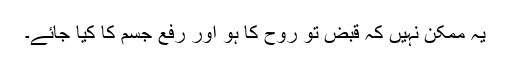
یہ ممکن نہیں کہ قبض تو روح کا ہو اور رفع جسم کا کیا جائے۔